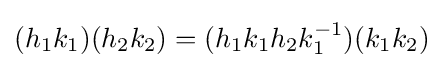
(h_{1}k_{1})(h_{2}k_{2})=(h_{1}k_{1}h_{2}k_{1}^{-1})(k_{1}k_{2})